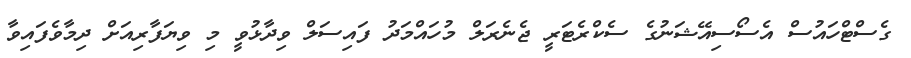
ގެސްޓްހައުސް އެސޯސިއޭޝަނުގެ ސެކްރެޓަރީ ޖެނެރަލް މުހައްމަދު ފައިސަލް ވިދާޅުވީ މި ވިޔަފާރިއަށް ދިމާވެފައިވާ